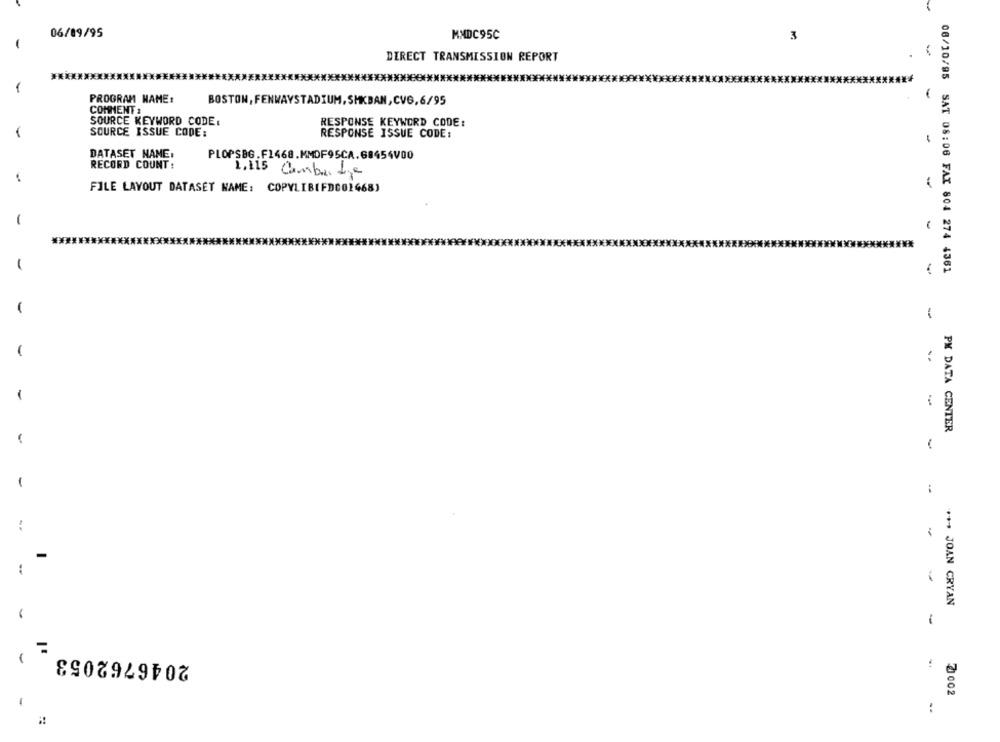
06/09/95
MMDC95C
3
DIRECT TRANSMISSION REPORT
**************
1
PROGRAM NAME:
BOSTON, FENWAYSTADIUM, SMKBAN, CVG,6/95
COMMENT :
SOURCE KEYWORD CODE:
RESPONSE KEYWORD CODE:
SOURCE ISSUE CODE:
RESPONSE ISSUE CODE:
-
DATASET NAME.
PLOPSBG.F1468.MMOF95CA.68454V00
RECORD COUNT:
1.115 Cambridge
-
FILE LAYOUT DATASET NAME: COPYLIBIFDCO2468)
06/10/95 SAT 08:06 FAX 804 274 4361
-
-
PM DATA CENTER
-
-
--
... JOAN CRYAN
-
2046762053
7002
1
: